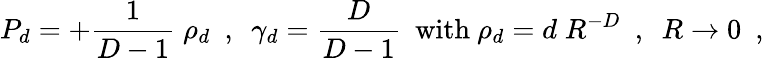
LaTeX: P_{d}=+{\frac{1}{D-1}}\; \rho_{d}~~,~~\gamma_{d}={\frac{D}{D-1}}~~\mathrm{with~}\rho_{d}=d\; R^{-D}~~,~~R\to 0~~,